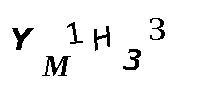
YM1H33